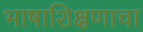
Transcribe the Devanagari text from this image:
भाषाशिक्षणाचा